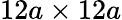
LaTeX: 12a\times 12a